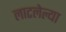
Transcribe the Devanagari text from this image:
लाटलेल्या